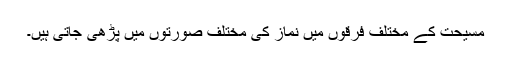
مسیحت کے مختلف فرقوں میں نماز کی مختلف صورتوں میں پڑھی جاتی ہیں۔